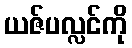
ယဇ်ပလ္လင်ကို